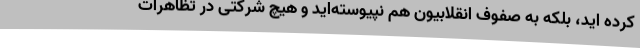
کرده اید، بلکه به صفوف انقلابیون هم نپیوسته‌اید و هیچ شرکتی در تظاهرات